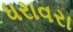
ધરાવરા